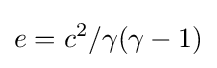
e=c^{2}/\gamma (\gamma -1)